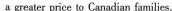
a greater price to Csnadian families. "